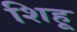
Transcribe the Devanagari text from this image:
शिहू